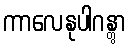
ကာလေနုပါဂန္တွာ